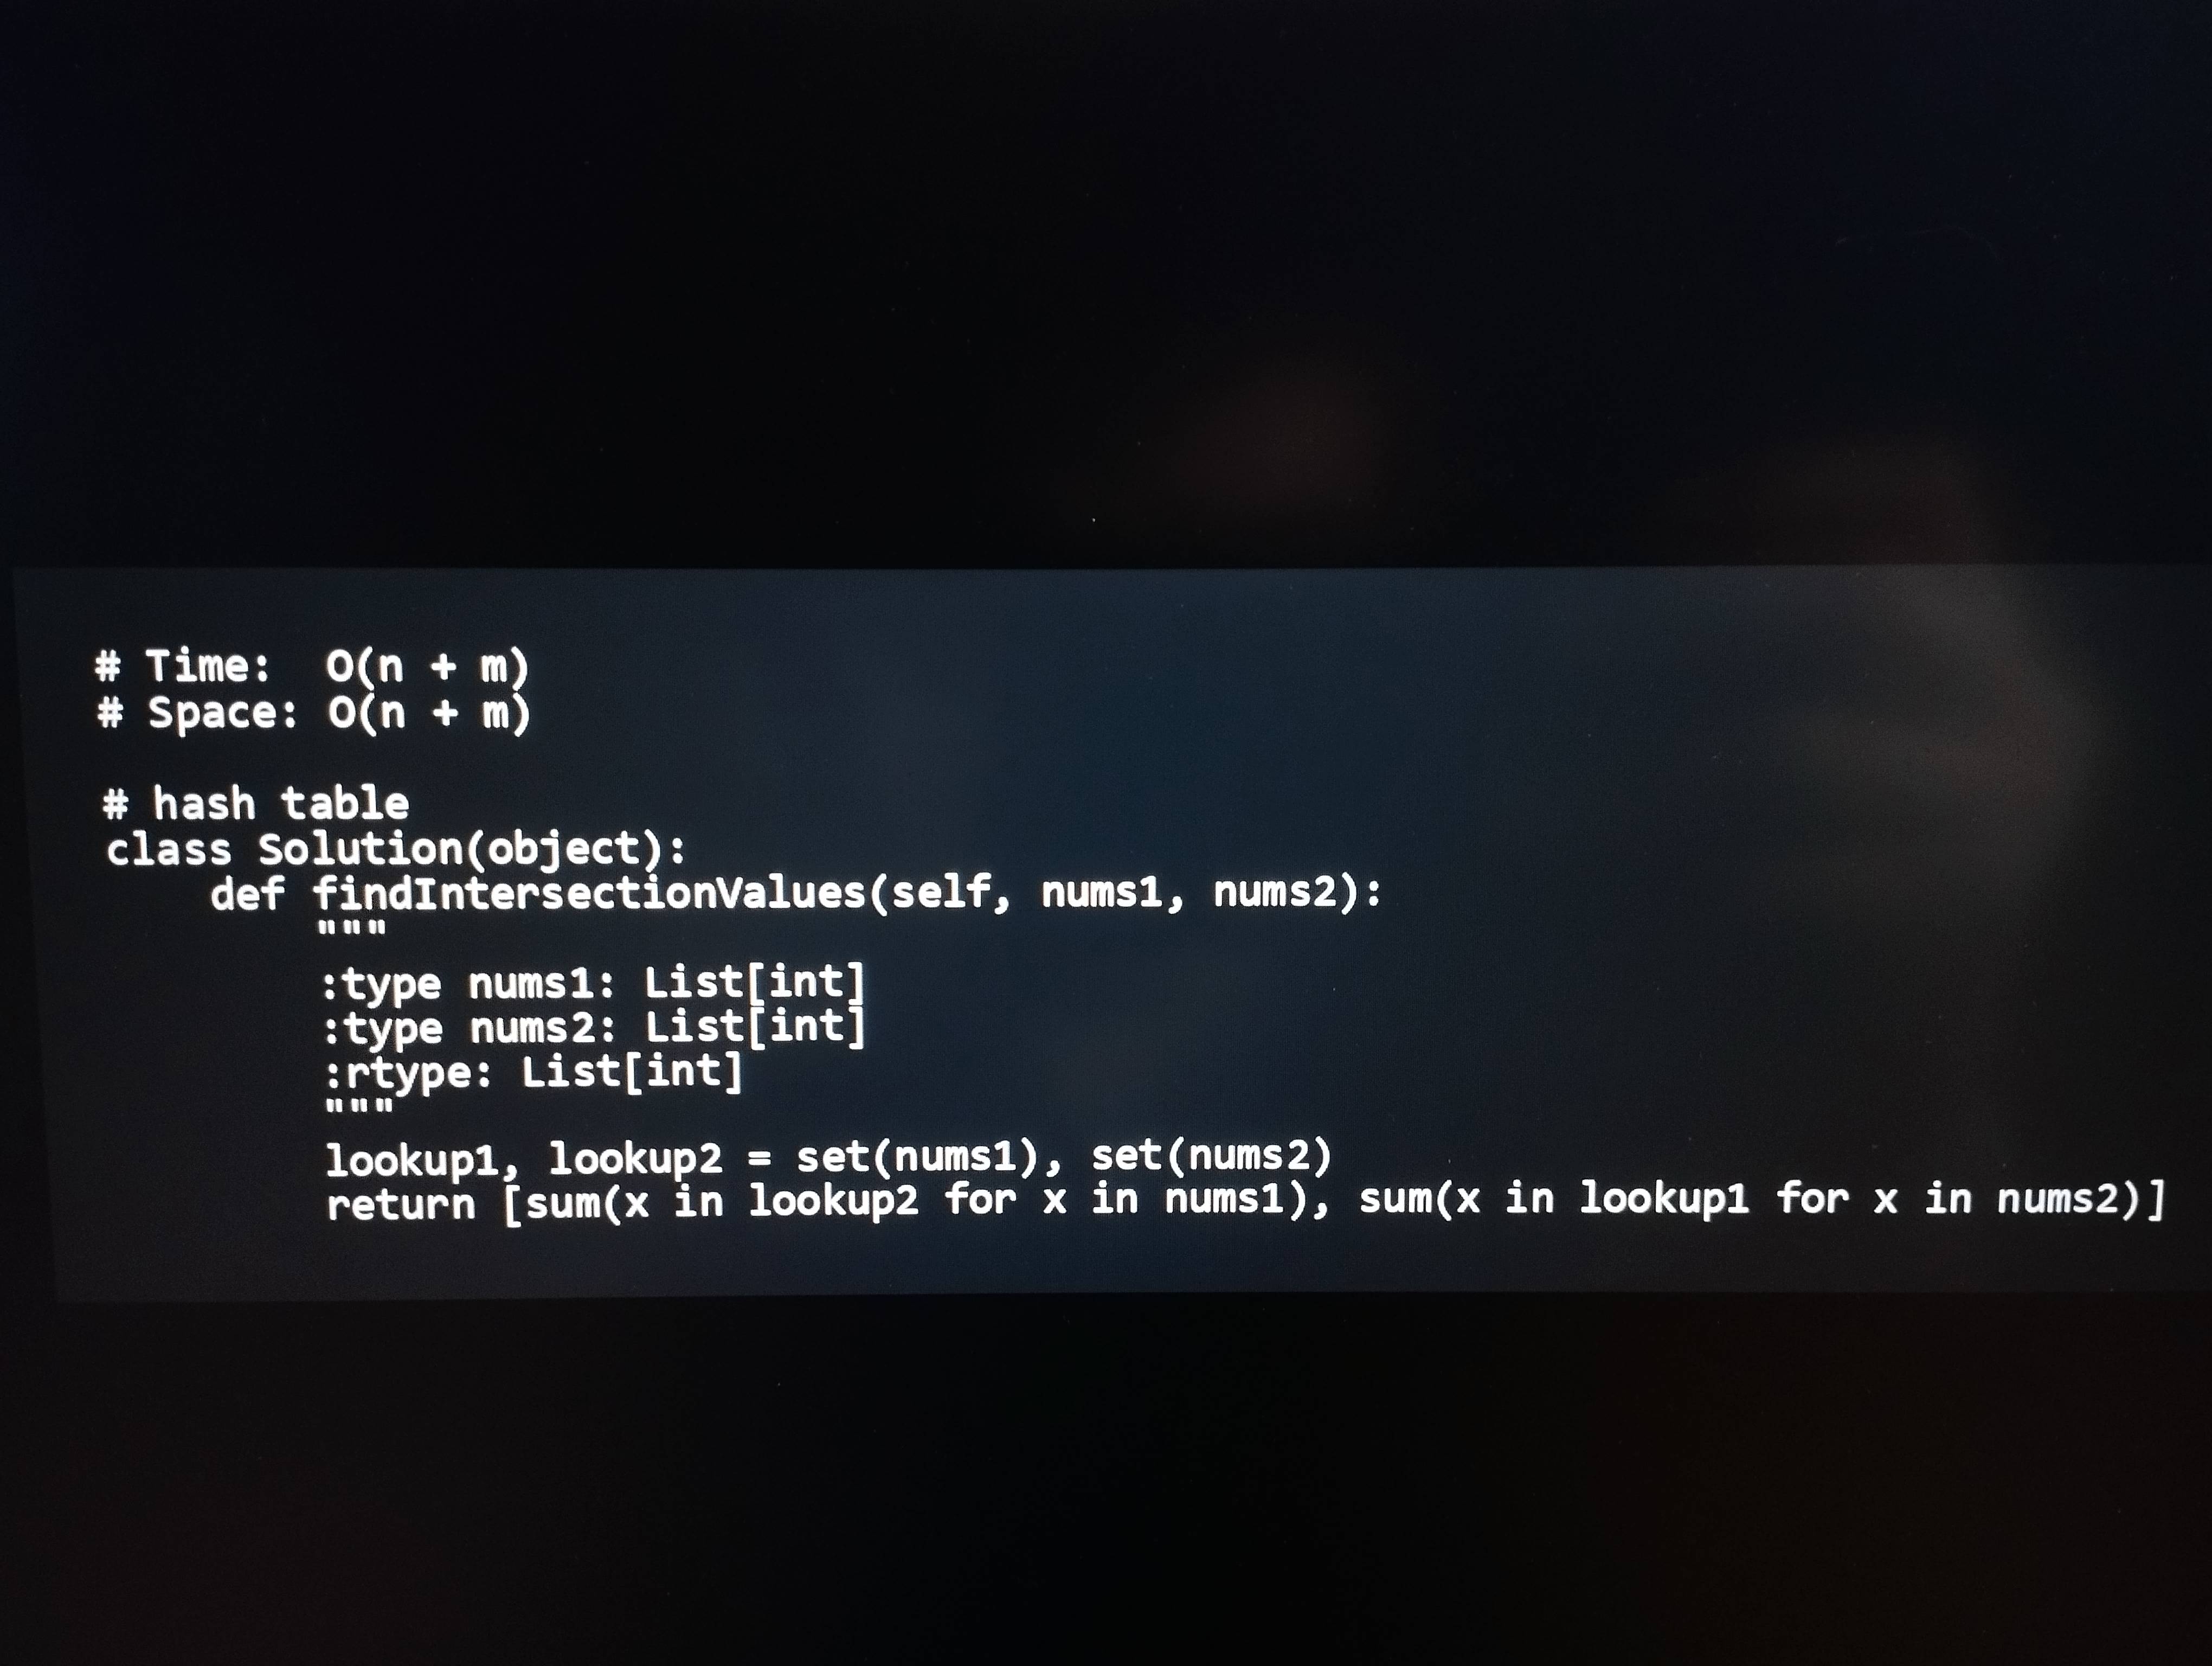
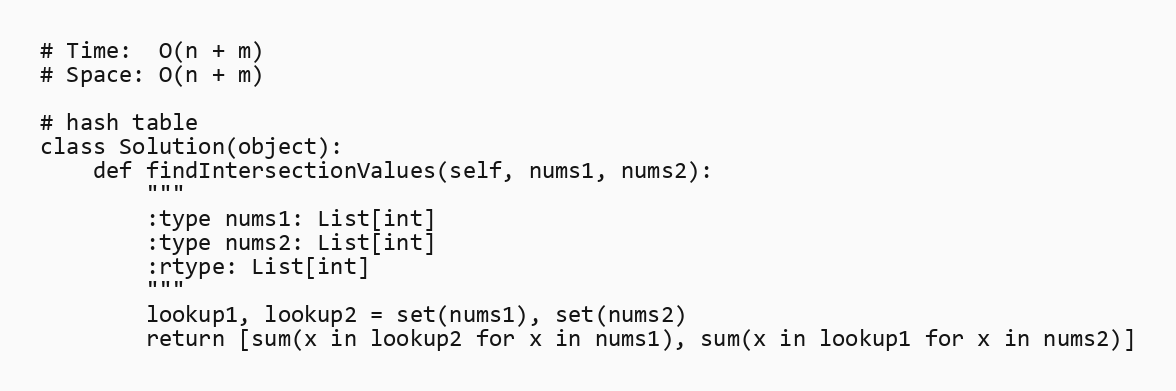
# Time:  O(n + m)
# Space: O(n + m)

# hash table
class Solution(object):
    def findIntersectionValues(self, nums1, nums2):
        """
        :type nums1: List[int]
        :type nums2: List[int]
        :rtype: List[int]
        """
        lookup1, lookup2 = set(nums1), set(nums2)
        return [sum(x in lookup2 for x in nums1), sum(x in lookup1 for x in nums2)]